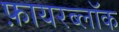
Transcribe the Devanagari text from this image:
फ़ायरब्लॉक